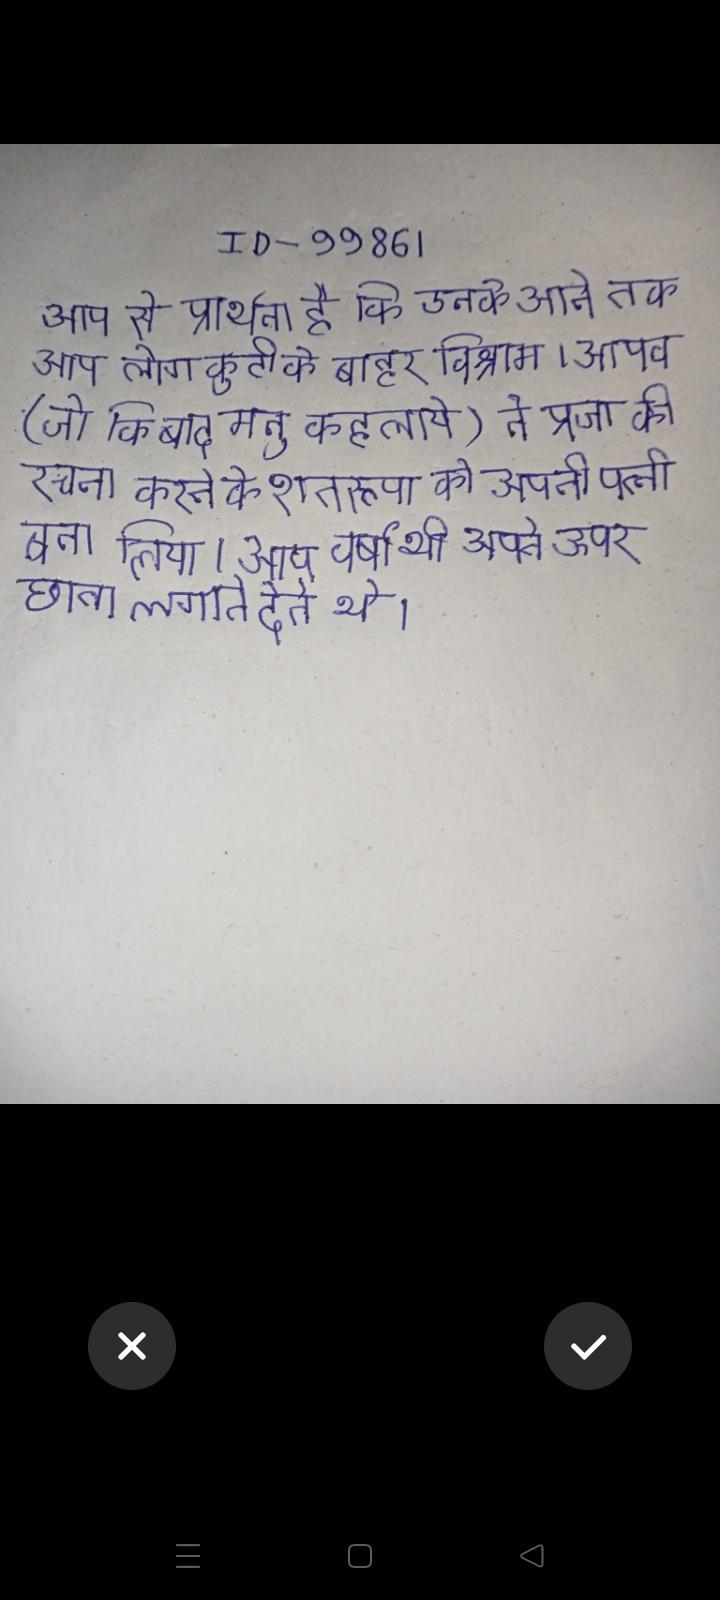
आप से प्रार्थना है कि उनके आने तक आप लोग कुटी के बाहर विश्राम । आपव (जो कि बाद मनु कहलाये) ने प्रजा की रचना करने के शतरूपा को अपनी पत्नी बना लिया । आप वर्षा भी अपने ऊपर छाता लगाने देते थे ।